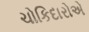
ચોકિદારોએ